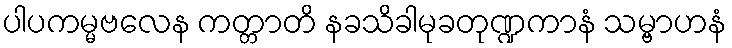
ပါပကမ္မဗလေန ကတ္တာတိ နခသိခါမုခတုဏ္ဍကာနံ သမ္ဗာဟနံ